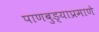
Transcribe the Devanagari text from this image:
पाणबुड्याप्रमाणे